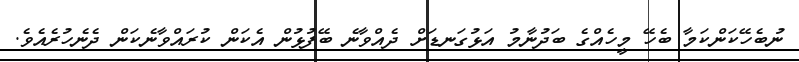
ނުބެހޭކަންކަމާ ބެހޭ މީހެއްގެ ބަދުނާމު އަޅުގަނޑަށް ދެއްވާނެ ބޭފުޅުން އެކަން ކުރައްވާނެކަން ދެނެހުރެއެވެ.